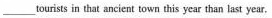
___ tourists in that ancient town this year than last year.